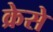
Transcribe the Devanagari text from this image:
क्रेसे